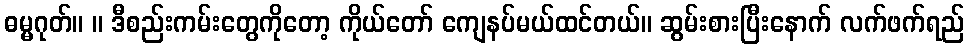
ဓမ္မဂုတ်။ ။ ဒီစည်းကမ်းတွေကိုတော့ ကိုယ်တော် ကျေနပ်မယ်ထင်တယ်။ ဆွမ်းစားပြီးနောက် လက်ဖက်ရည်